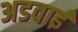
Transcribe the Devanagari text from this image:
अडवाई